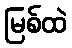
မြစ်ထဲ